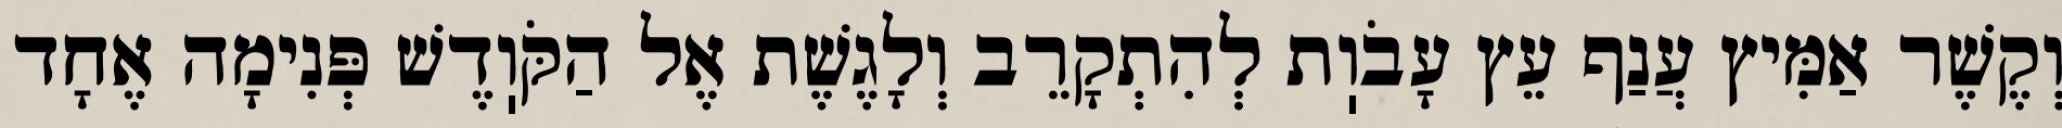
וְקֶשֶׁר אַמִּיץ עֲנַף עֵץ עָבֹוֽת לְהִתְקָרֵב וְלָגֶשֶׁת אֶל הַקֹּוֽדֶשׁ פְּנִימָה אֶחָד